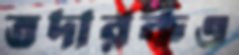
তদারকও